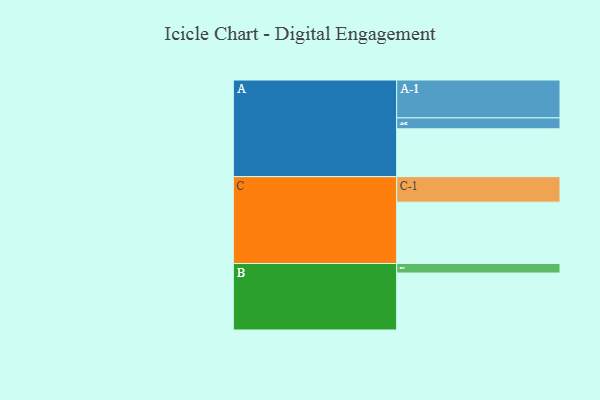
{"axis": {"x": "Segment", "y": "Value"}, "legend": ["", "A", "B", "C"], "data": [{"x": "A", "y": 371, "type": ""}, {"x": "B", "y": 442, "type": ""}, {"x": "C", "y": 476, "type": ""}, {"x": "A-1", "y": 294, "type": "A"}, {"x": "A-2", "y": 85, "type": "A"}, {"x": "B-1", "y": 74, "type": "B"}, {"x": "C-1", "y": 198, "type": "C"}]}